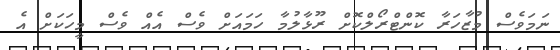
ނަމަވެސް މުޒާހަރާ ކޮންޓްރޯލްކޮށް ރޫޅާލުމާ ހަމައަށް ވެސް އެއް ވެސް މީހަކަށް އެ